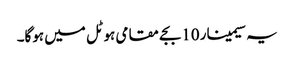
یہ سیمینار 10بجے مقامی ہوٹل میں ہوگا۔